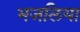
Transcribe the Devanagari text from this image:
भजलिया